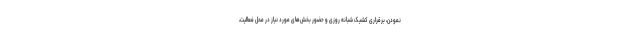
نمودن، برقراری کشیک شبانه روزی و حضور بخش‌های مورد نیاز در محل فعالیت،